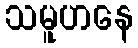
သမူဟနေ